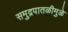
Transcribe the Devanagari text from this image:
समुद्रपातळीमुळे